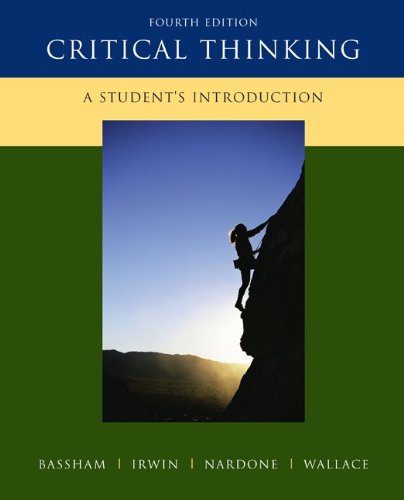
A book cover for Critical Thinking: A Student's Introduction; Gregory Bassham; Politics & Social Sciences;